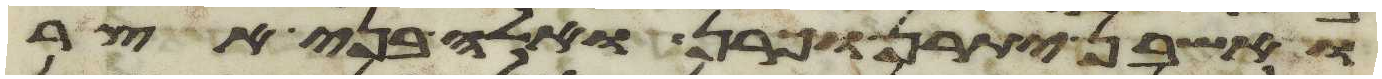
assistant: ואשבן יתרן וכרן ואלה בני אצר